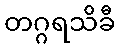
တဂ္ဂရသိခီ